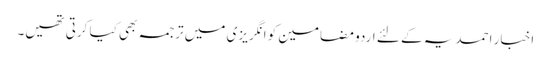
اخبار احمدیہ کے لئے اردو مضامین کو انگریزی میں ترجمہ بھی کیا کرتی تھیں۔